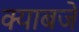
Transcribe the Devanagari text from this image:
क्याबजे